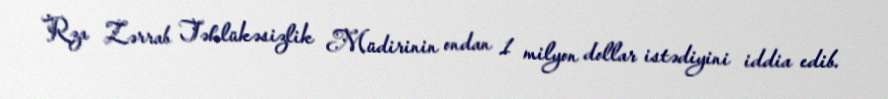
Rza Zərrab Təhlükəsizlik Müdirinin ondan 1 milyon dollar istədiyini iddia edib.